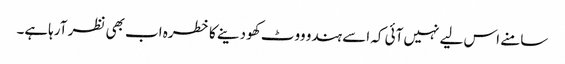
سامنے اس لیے نہیں آئی کہ اسے ہندو ووٹ کھو دینے کا خطرہ اب بھی نظر آرہاہے۔